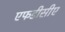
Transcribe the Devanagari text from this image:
एफडीसीए